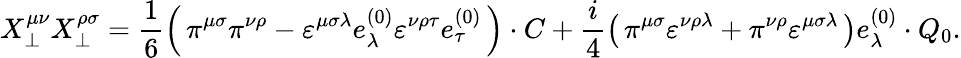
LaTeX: X_{\bot}^{\mu\nu}X_{\bot}^{\rho\sigma}=\frac{1}{6}\left(\, \pi^{\mu\sigma}\pi^{\nu\rho}-\varepsilon^{\mu\sigma\lambda}e_{\lambda}^{(0)}\varepsilon^{\nu\rho\tau}e_{\tau}^{(0)}\, \right)\cdot C+\frac{i}{4}\left(\, \pi^{\mu\sigma}\varepsilon^{\nu\rho\lambda}+\pi^{\nu\rho}\varepsilon^{\mu\sigma\lambda}\, \right)e_{\lambda}^{(0)}\cdot Q_{0}.